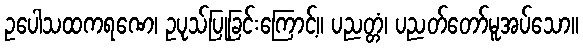
ဥပေါသထကရဏေ၊ ဥပုသ်ပြုခြင်းကြောင့်။ ပညတ္တံ၊ ပညတ်တော်မူအပ်သော။